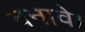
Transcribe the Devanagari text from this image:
बनावे।